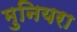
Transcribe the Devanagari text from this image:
मुनियरा